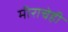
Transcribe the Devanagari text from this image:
मीराचेही